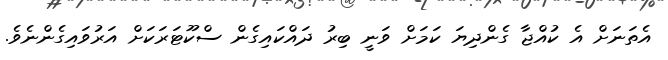
އެތަނަށް އެ ކުއްޖާ ގެންދިޔަ ކަމަށް ވަނީ ބިރު ދައްކައިގެން ސްކޫޓަރަކަށް އަރުވައިގެންނެވެ.